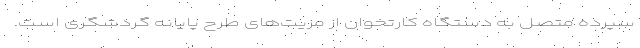
سپرده متصل به دستگاه کارتخوان از مزیت‌های طرح پایانه گردشگری است.